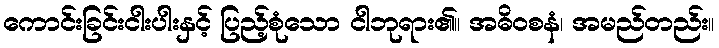
ကောင်းခြင်းငါးပါးနှင့် ပြည့်စုံသော ငါဘုရား၏။ အဓိဝစနံ၊ အမည်တည်း။